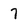
Character: 7